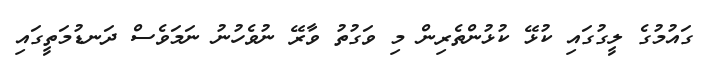
ގައުމުގެ ލީގުގައި ކުޅޭ ކުޅުންތެރިން މި ވަގުތު ވާރޭ ނުވެހުނު ނަމަވެސް ދަނޑުމަތީގައި